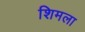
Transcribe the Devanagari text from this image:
शिमला